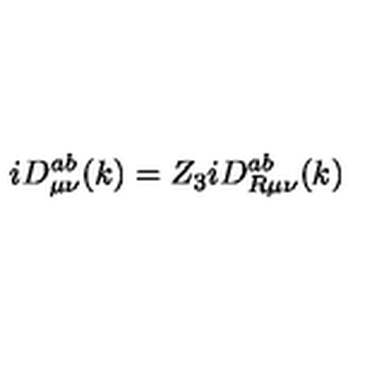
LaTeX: i D _ { \mu \nu } ^ { a b } ( k ) = Z _ { 3 } i D _ { R \mu \nu } ^ { a b } ( k )